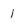
Character: 1